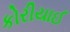
કોરીયાઈ